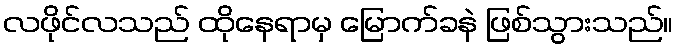
လဖိုင်လသည် ထိုနေရာမှ မြောက်ခနဲ ဖြစ်သွားသည်။